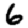
Digit: 6